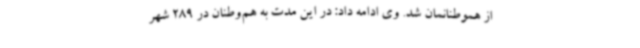
از هموطنانمان شد. وی ادامه داد: در این مدت به هم‌وطنان در 289 شهر